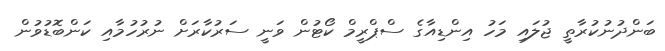
ބަންދުނުކުރާތީ ޖުލައި މަހު އިންޑިއާގެ ސްޕްރީމް ކޯޓުން ވަނީ ސަރުކާރަށް ނުރުހުމާއި ކަންބޮޑުވުން